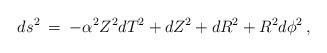
LaTeX: \begin{align*}ds^2 \: = \: -\alpha ^2Z^2 dT^2+dZ^2+dR^2+R^2d\phi^2 \, ,\end{align*}